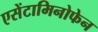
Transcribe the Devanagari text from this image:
एसेंटामिनोफेन